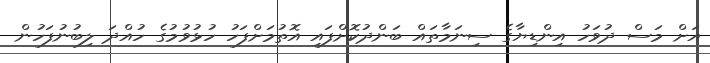
އަށް މަސް ދުވަހު އިންޑިޔާގެ ސިނަމާތައް ބަންދުކޮށްފައި އޮތުމަށްފަހު ހުޅުވުމުގެ ހުއްދަ ލިބުނުފަހުން